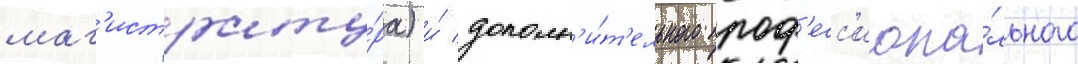
маг'истрату́ра) и́ дополн'и́т'ельного проф'есс'иона́льного